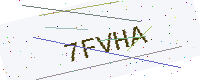
Text: 7FVHA